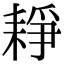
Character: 𦓺